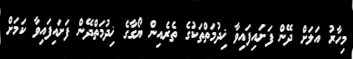
މިހާރު އަލަށް ދޭން ފަށައިފައިވާ ޚިދުމަތްތަކުގެ ތެރެއިން ޔޯގާގެ ޚިދުމަތްދޭން ފަށައިފައިވާ ކަމަށް